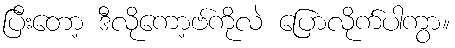
ပြီးတော့ ဒီလိုကော့ဗ်ကိုလဲ ပြောလိုက်ပါကွာ။